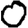
Digit: 0